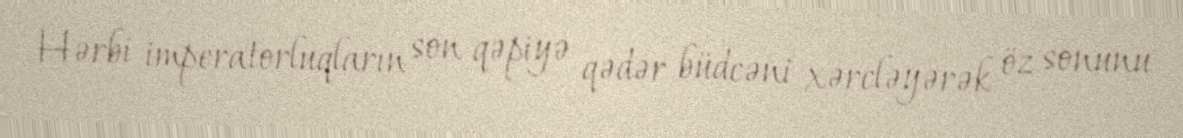
Hərbi imperatorluqların son qəpiyə qədər büdcəni xərcləyərək öz sonunu